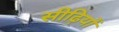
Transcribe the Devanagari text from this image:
सीढ़ियों